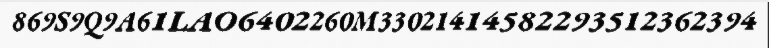
869S9Q9A61LAO6402260M33021414582293512362394